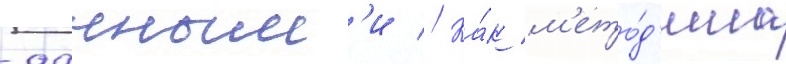
-данным'и // Ка́к м'ето́д'ика